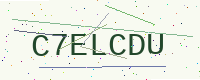
Text: C7ELCDU